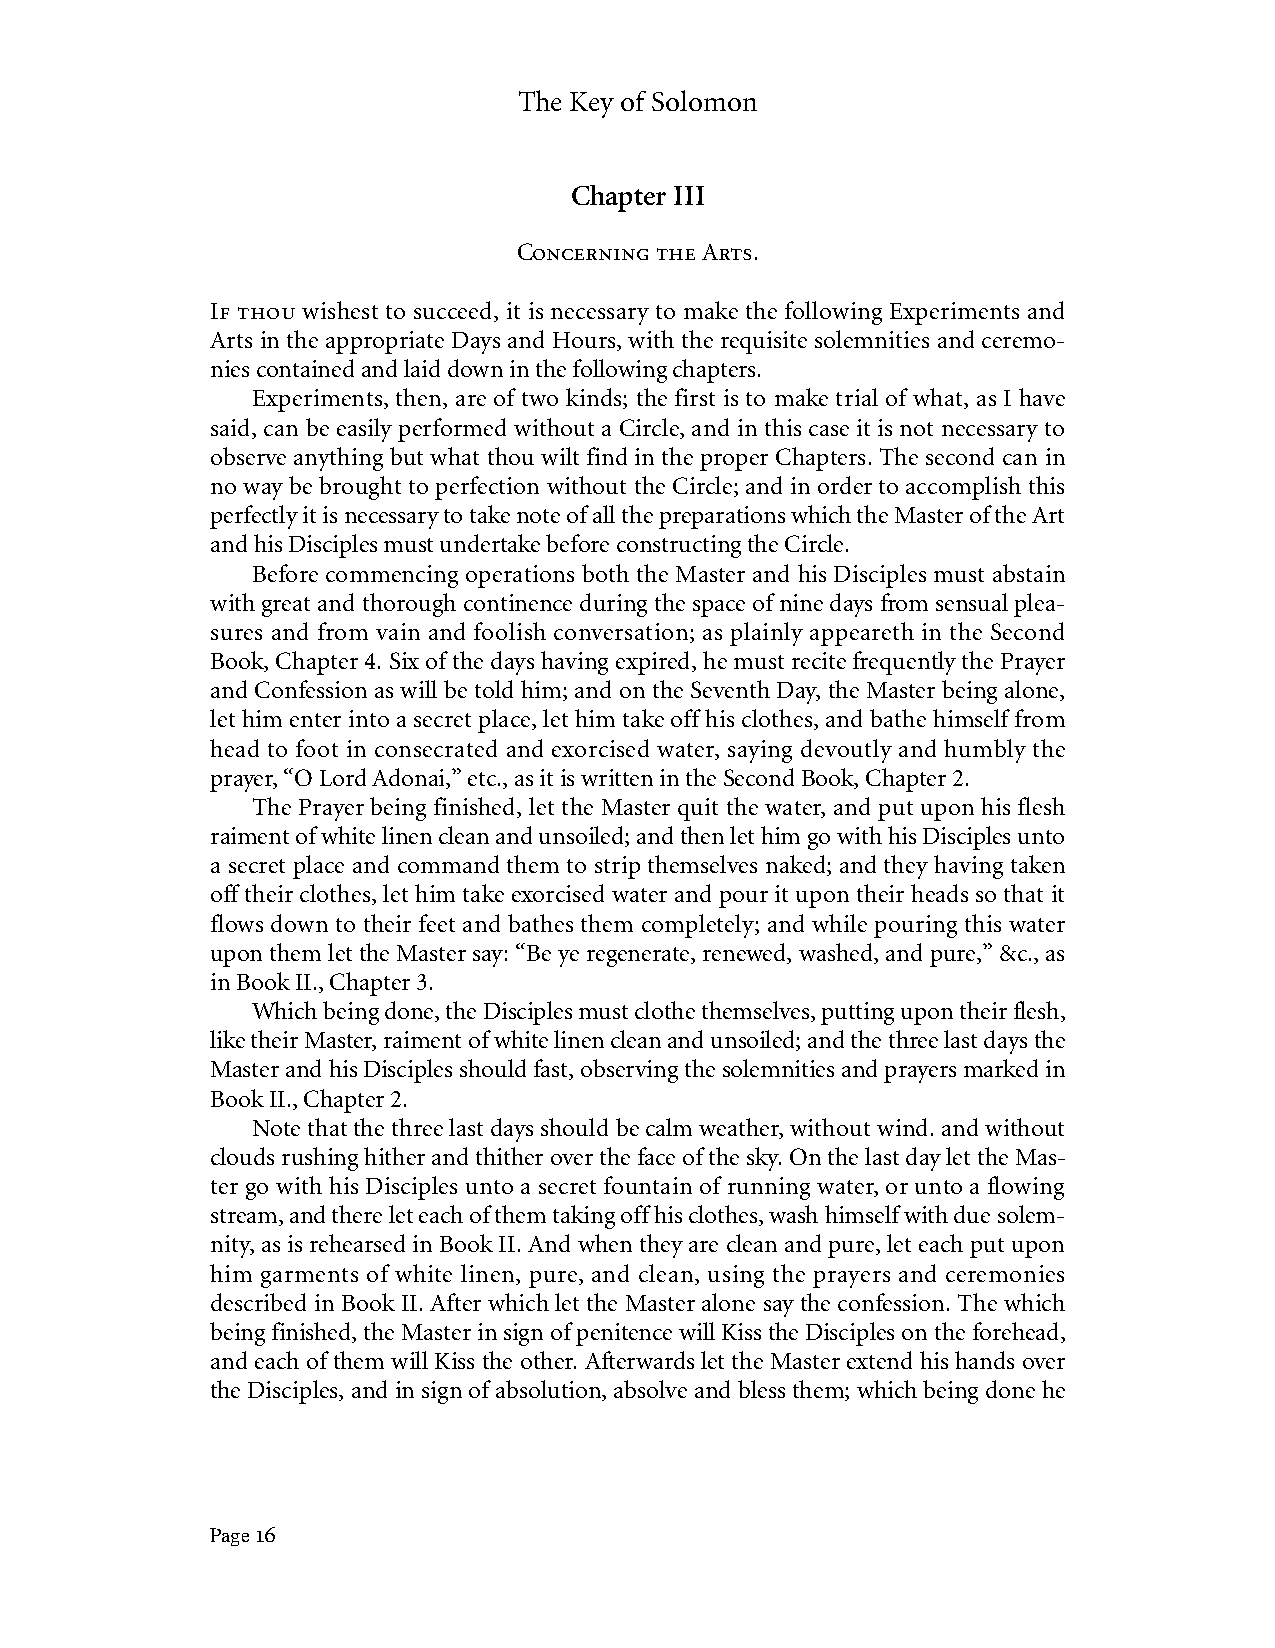
The Key of Solomon
 Chapter III
 Concerning the Arts.
 If thou wishest to succeed, it is necessary to make the following Experiments and
 Arts in the appropriate Days and Hours, with the requisite solemnities and ceremo-
 nies contained and laid down in the following chapters.
 Experiments, then, are of two kinds; the first is to make trial of what, as I have
 said, can be easily performed without a Circle, and in this case it is not necessary to
 observe anything but what thou wilt find in the proper Chapters. The second can in
 no way be brought to perfection without the Circle; and in order to accomplish this
 perfectly it is necessary to take note of all the preparations which the Master of the Art
 and his Disciples must undertake before constructing the Circle.
 Before commencing operations both the Master and his Disciples must abstain
 with great and thorough continence during the space of nine days from sensual plea-
 sures and from vain and foolish conversation; as plainly appeareth in the Second
 Book, Chapter 4. Six of the days having expired, he must recite frequently the Prayer
 and Confession as will be told him; and on the Seventh Day, the Master being alone,
 let him enter into a secret place, let him take off his clothes, and bathe himself from
 head to foot in consecrated and exorcised water, saying devoutly and humbly the
 prayer, “O Lord Adonai,” etc., as it is written in the Second Book, Chapter 2.
 The Prayer being finished, let the Master quit the water, and put upon his flesh
 raiment of white linen clean and unsoiled; and then let him go with his Disciples unto
 a secret place and command them to strip themselves naked; and they having taken
 off their clothes, let him take exorcised water and pour it upon their heads so that it
 flows down to their feet and bathes them completely; and while pouring this water
 upon them let the Master say: “Be ye regenerate, renewed, washed, and pure,” &c., as
 in Book II., Chapter 3.
 Which being done, the Disciples must clothe themselves, putting upon their flesh,
 like their Master, raiment of white linen clean and unsoiled; and the three last days the
 Master and his Disciples should fast, observing the solemnities and prayers marked in
 Book II., Chapter 2.
 Note that the three last days should be calm weather, without wind. and without
 clouds rushing hither and thither over the face of the sky. On the last day let the Mas-
 ter go with his Disciples unto a secret fountain of running water, or unto a flowing
 stream, and there let each of them taking off his clothes, wash himself with due solem-
 nity, as is rehearsed in Book II. And when they are clean and pure, let each put upon
 him garments of white linen, pure, and clean, using the prayers and ceremonies
 described in Book II. After which let the Master alone say the confession. The which
 being finished, the Master in sign of penitence will Kiss the Disciples on the forehead,
 and each of them will Kiss the other. Afterwards let the Master extend his hands over
 the Disciples, and in sign of absolution, absolve and bless them; which being done he
 Page 16